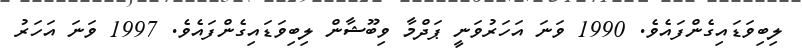
ލިބިވަޑައިގެންފައެވެ. 1990 ވަނަ އަހަރުވަނީ ޕަދްމާ ވިބޫޝާން ލިބިވަޑައިގެންފައެވެ. 1997 ވަނަ އަހަރު